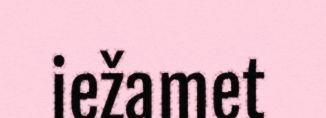
iežamet